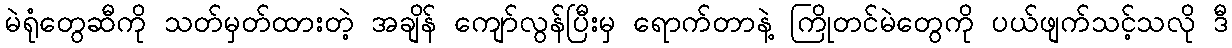
မဲရုံတွေဆီကို သတ်မှတ်ထားတဲ့ အချိန် ကျော်လွန်ပြီးမှ ရောက်တာနဲ့ ကြိုတင်မဲတွေကို ပယ်ဖျက်သင့်သလို ဒီ